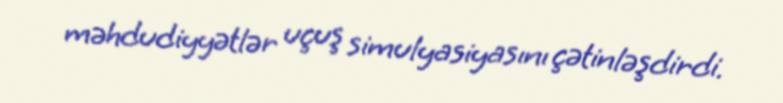
məhdudiyyətlər uçuş simulyasiyasını çətinləşdirdi.